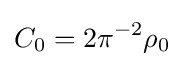
C_{0}=2\pi ^{-2}\rho _{0}